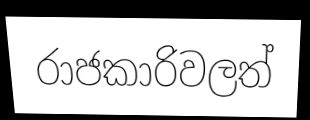
රාජකාරිවලත්